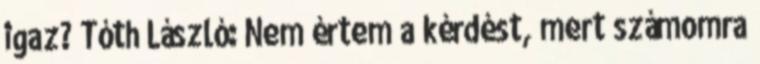
igaz? Tóth László: Nem értem a kérdést, mert számomra